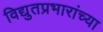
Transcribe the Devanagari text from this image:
विद्युतप्रभारांच्या